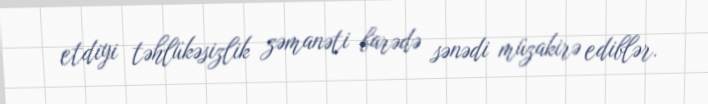
etdiyi təhlükəsizlik zəmanəti barədə sənədi müzakirə ediblər.